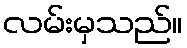
လမ်းမှသည်။